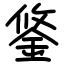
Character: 鋚